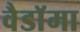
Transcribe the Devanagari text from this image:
वैडाॅमा